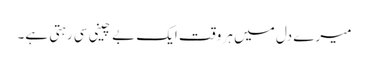
میرے دل میں ہر وقت ایک بے چینی سی رہتی ہے۔